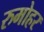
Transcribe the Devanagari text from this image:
रुमोहर